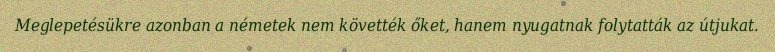
Meglepetésükre azonban a németek nem követték őket, hanem nyugatnak folytatták az útjukat.